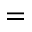
=